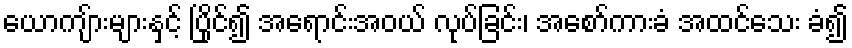
ယောကျ်ားများနှင့် ပြိုင်၍ အရောင်းအဝယ် လုပ်ခြင်း၊ အစော်ကားခံ အထင်သေး ခံ၍